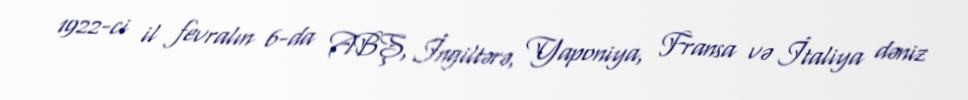
1922-ci il fevralın 6-da ABŞ, İngiltərə, Yaponiya, Fransa və İtaliya dəniz